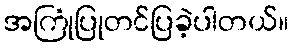
အကြုံပြုတင်ပြခဲ့ပါတယ်။